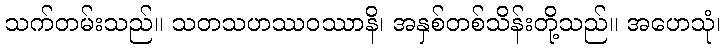
သက်တမ်းသည်။ သတသဟဿဝဿာနိ၊ အနှစ်တစ်သိန်းတို့သည်။ အဟေသုံ၊